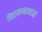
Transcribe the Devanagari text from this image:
चितामणरावांनी